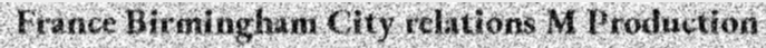
France Birmingham City relations M Production